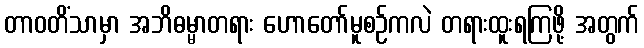
တာဝတိံသာမှာ အဘိဓမ္မာတရား ဟောတော်မူစဉ်ကလဲ တရားထူးရကြဖို့ အတွက်